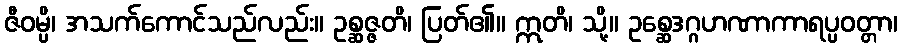
ဇီဝမ္ပိ၊ အသက်ကောင်သည်လည်း။ ဥစ္ဆဇ္ဇတိ၊ ပြတ်၏။ ဣတိ၊ သို့။ ဥစ္ဆေဒဂ္ဂဟဏာကာရပ္ပဝတ္တာ၊